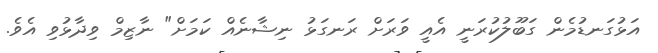
އަޅުގަނޑުމެން ގަބޫލުކުރަނީ އެއީ ވަރަށް ރަނގަޅު ނިޝާނެއް ކަމަށް" ނާޒިމް ވިދާޅުވި އެވެ.